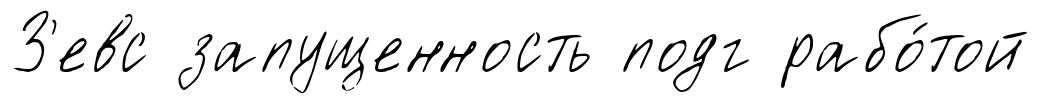
З'евс запущенность подг рабо́той